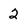
Character: 2